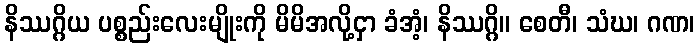
နိဿဂ္ဂိယ ပစ္စည်းလေးမျိုးကို မိမိအလို့ငှာ ခံအံ့၊ နိဿဂ္ဂိ။ စေတီ၊ သံဃ၊ ဂဏ၊